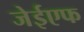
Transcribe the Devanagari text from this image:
जेईएफ